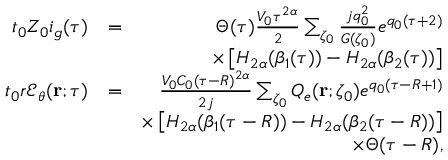
\begin{array} { r l r } { t _ { 0 } Z _ { 0 } i _ { g } ( \tau ) } & { = } & { \Theta ( \tau ) \frac { V _ { 0 } \tau ^ { 2 \alpha } } { 2 } \sum _ { \zeta _ { 0 } } \frac { j q _ { 0 } ^ { 2 } } { G ( \zeta _ { 0 } ) } e ^ { q _ { 0 } ( \tau + 2 ) } } \\ & { } & { \times \left[ H _ { 2 \alpha } ( \beta _ { 1 } ( \tau ) ) - H _ { 2 \alpha } ( \beta _ { 2 } ( \tau ) ) \right] } \\ { t _ { 0 } r { \mathcal E } _ { \theta } ( { \bf r } ; \tau ) } & { = } & { \frac { V _ { 0 } C _ { 0 } ( \tau - R ) ^ { 2 \alpha } } { 2 j } \sum _ { \zeta _ { 0 } } Q _ { e } ( { \bf r } ; \zeta _ { 0 } ) e ^ { q _ { 0 } ( \tau - R + 1 ) } } \\ & { } & { \times \left[ H _ { 2 \alpha } ( \beta _ { 1 } ( \tau - R ) ) - H _ { 2 \alpha } ( \beta _ { 2 } ( \tau - R ) ) \right] } \\ & { } & { \times \Theta ( \tau - R ) , } \end{array}